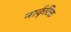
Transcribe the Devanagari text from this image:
नार्कुटिक